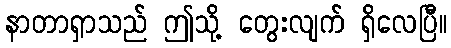
နာတာရှာသည် ဤသို့ တွေးလျက် ရှိလေပြီ။